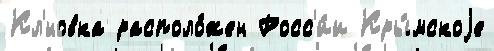
Кл'́новка располо́жен Росс'и́и Кры́мскоjе